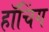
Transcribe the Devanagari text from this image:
हॉचिंग